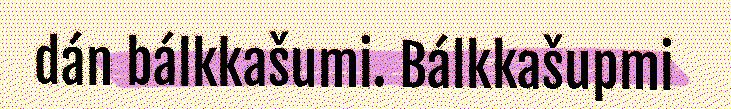
dán bálkkašumi. Bálkkašupmi